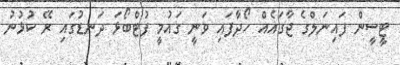
ޓީސީން ފައިނަލްގެ ޖާގައެއް ހޯދާފައި ވަނީ ގައުމީ ފުޓްބޯޅަ ދަނޑުގައި ރޭ ކުޅުނު